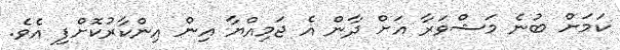
ކަމަށް ބުނެ މަޝްވަރާ އަށް ދާން އެ ޖަމިއްޔާ އިން އިންކާރުކޮށްފި އެވެ.